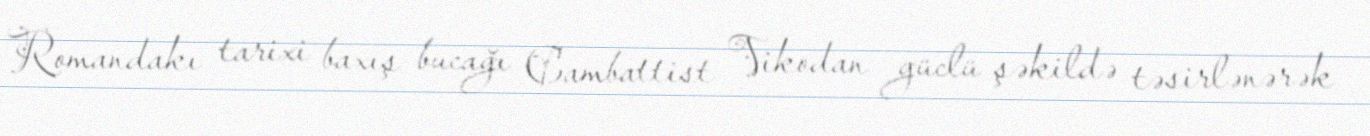
Romandakı tarixi baxış bucağı Cambattist Vikodan güclü şəkildə təsirlənərək